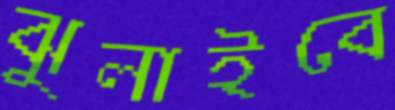
ঝুলাইবে